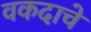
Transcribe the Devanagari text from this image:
वकदाचे